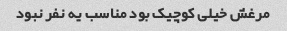
مرغش خیلی کوچیک بود مناسب یه نفر نبود